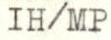
IH/MP